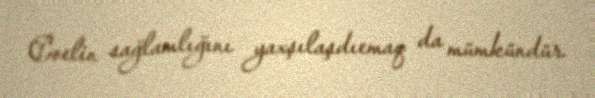
Coelin sağlamlığını yaxşılaşdıemaq da mümkündür.